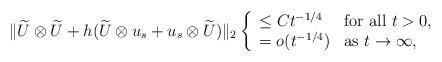
LaTeX: \begin{align*}\|\widetilde U\otimes \widetilde U+h(\widetilde U\otimes u_s+u_s\otimes \widetilde U)\|_2\left\{\begin{array}{ll}\leq Ct^{-1/4} &\mbox{for all $t>0$}, \\=o(t^{-1/4}) &\mbox{as $t\to\infty$},\end{array}\right.\end{align*}